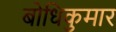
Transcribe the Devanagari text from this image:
बोधिकुमार